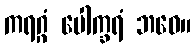
ကရဂ္ဂံ ပေါက္ခရံ ဘဝေ။